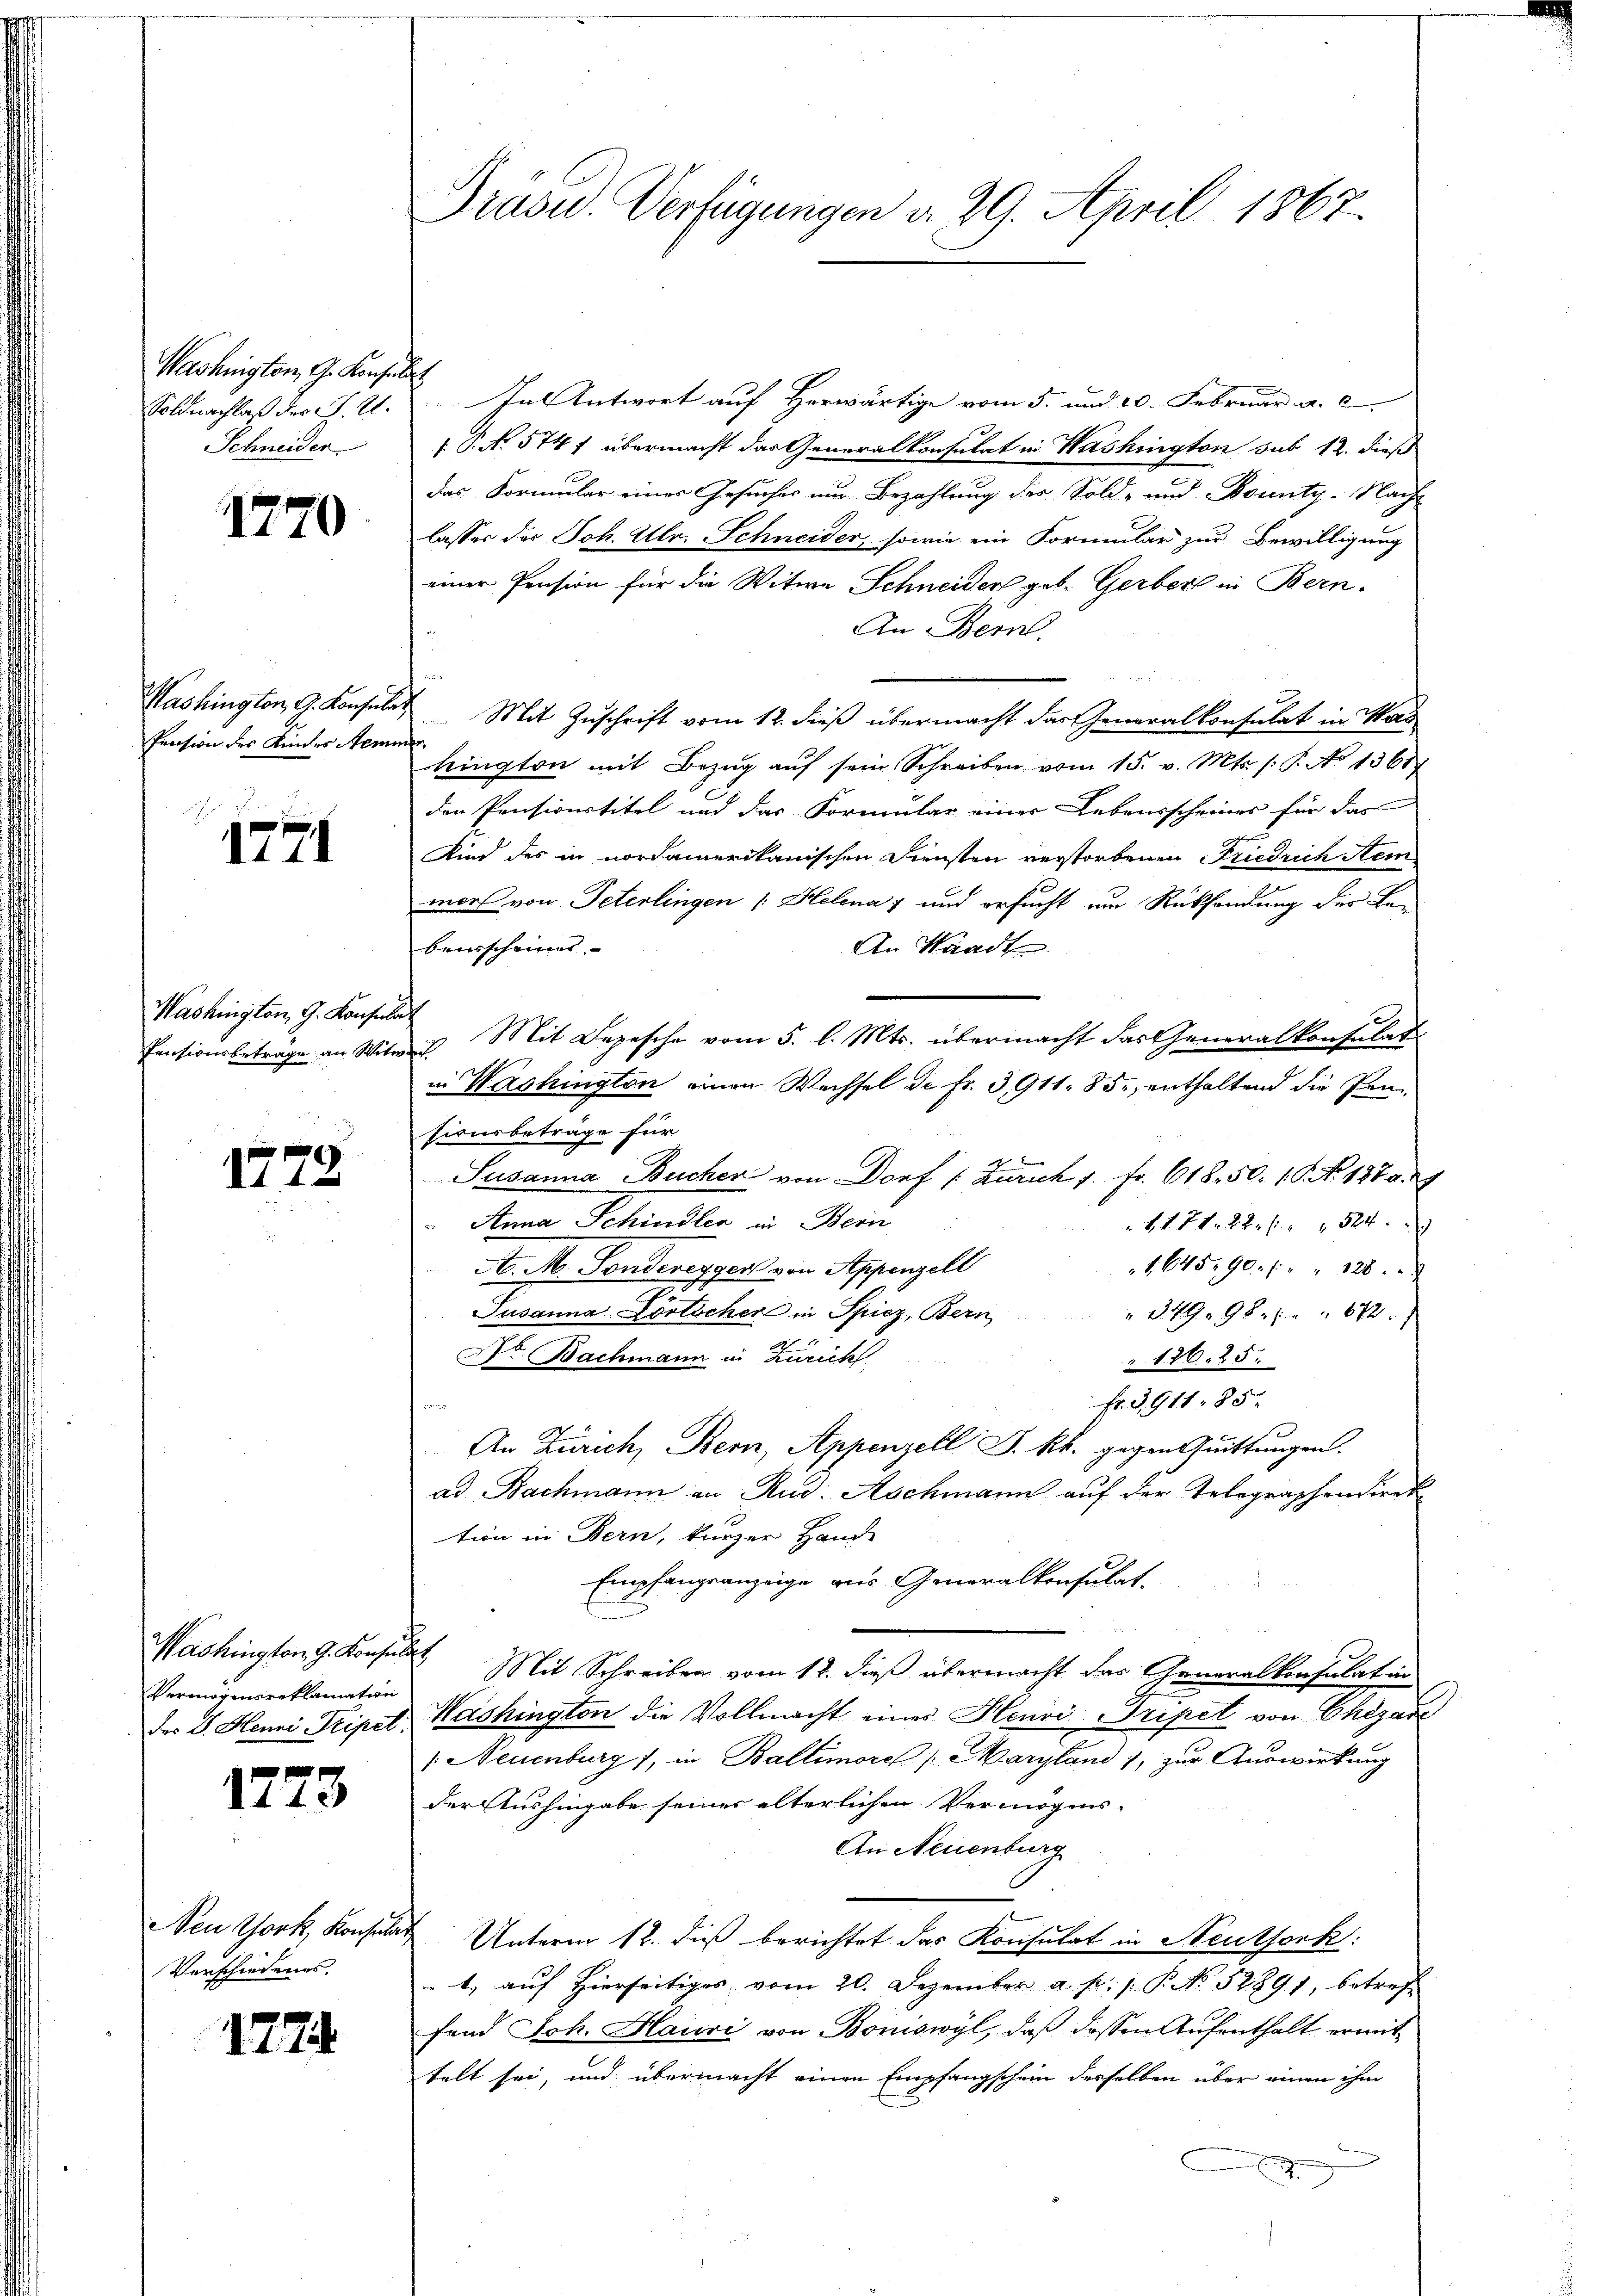
Washington, G. Konflie
Soldnachlaß des J. U.
Schneider

1770

Washington, G. Konsular
Pension des Kindes Semm

1771

Washington, G. Konsula
Pensionsbeträge an Mite

1772

Vermögensreklamation
der D. Henni Tripel.

1273

Neu York, Konsulat
Verschiedenes,

1774

Präsid. Verfügungen d. 29. April 1863.

In Antwort auf Herwärtige vom 5. und 10. Februar a. c.
 P. No 5741 übermacht das Generalkonsulat in Washington sub 12. dieß
das Formular einer Gesuches um Bezahlung des Sold- und Bounty-Nach-
lasser des Joh. Ellr. Schneider, sowie ein Formular zur Bewilligung
einer Pension für die Witwe Schneider geb. Gerber in Bern-
An Bern.
Mit Zuschrift vom 12. dieß übermacht das Generalkonsulat in Stad
hington mit Bezug auf sein Schreiben vom 15. v. Mts. (: P. No 1361
den Pensionstitel und das Formular einer Lebensscheines für das
Kind des in nordamerikanischen Diensten verstorbenen Friedrich Hein
mor von Peterlingen (Helena und ersucht ein Rücksendung der Lei
bensscheines
An Waadt
Mit Depesche vom 5. l. Mts. übermacht das Generalkonsulat
n
in Washington einen Wachsel de fr. 3911. 85, enthaltend die Pen
sionsbeträge für
Susanna Bucher von Dorf (: Zürich 1. Fr. 618. 50. 10. No. 1879.
Anna Schindler in Bern
 1171. 22 f. 524.
1,64590. " " 128.
A. M. Sonderegger von Appenzell
7
Jusanna Dortscher in Spiez, Bern,
 349. 98 f. 672.
Nr. Bachmann in Zürich
" 126. 25.
Fr. G,911. 85.
An Zürich, Bern, Appenzell P. kk. gegen Quittungen.
ad. Bachmann an Rud. Aschmann auf der Telegraphen direk
tion in Bern, kurzer Hande
Empfangsanzeige aus Generalkonsulat,
Washington G. Konsulat Mit Schreiben vom 12. dieß übermacht der Generalkonsulat in
Washington die Vollmacht einer Henri Tripet von Chegár
 Neuenburg), in Baltimore /: Maryland), zur Auswirkung
der Aushingabe seiner alterlichen Vermögens-
An Neuenburg
Unterm 12. dieß berichtet das Konsulat in Neutfork:
1) auf Hierseitiges vom 20. Dezember a. p. 1. P. No 52891, betreffend Joh. Hauri von Boniswyl, daβ dessen Aŭfenthalt ermit
telt sei, und übermacht einen Empfangschein desselben über einen ihm
x